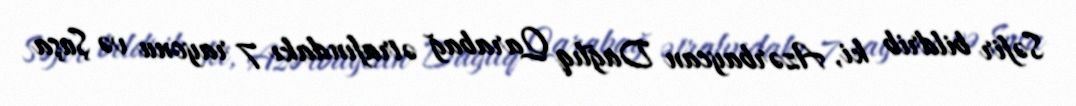
Səfir bildrib ki, Azərbaycan Dağlıq Qarabağ ətrafındakı 7 rayonu və Şuşa